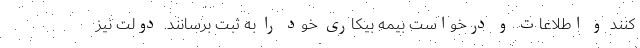
کنند و اطلاعات و درخواست بیمه بیکاری خود را به ثبت برسانند. دولت نیز